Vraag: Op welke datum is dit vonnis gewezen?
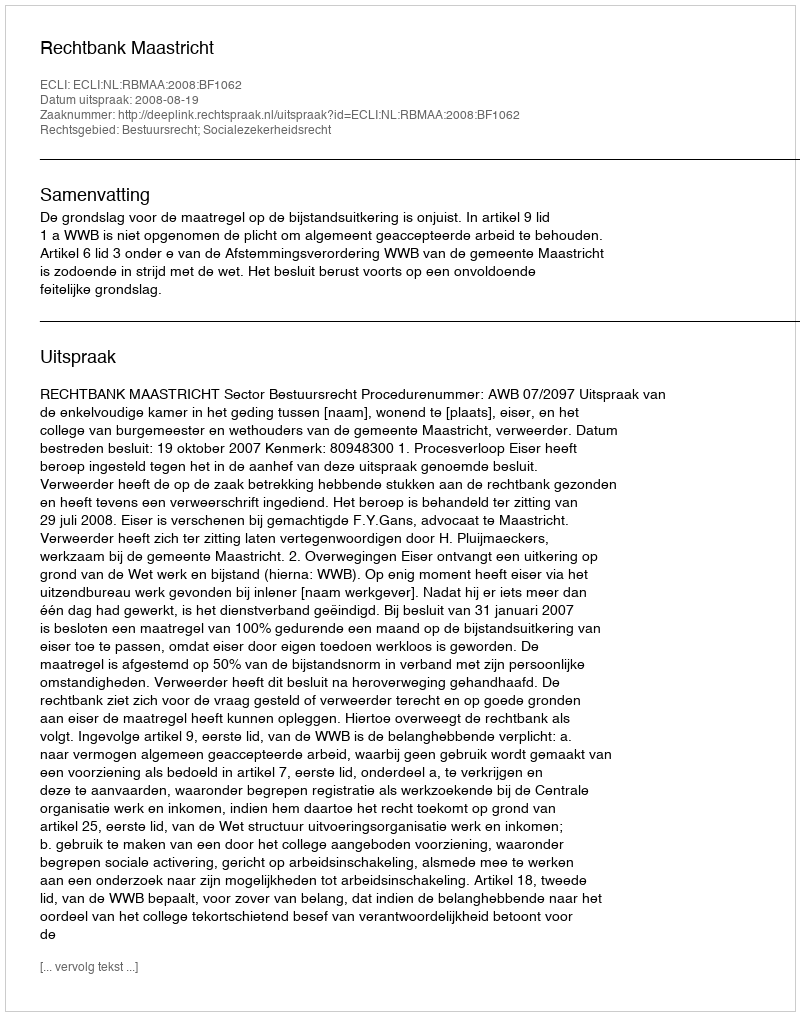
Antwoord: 2008-08-19